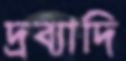
দ্রব্যাদি